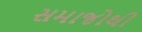
સમાજોથી